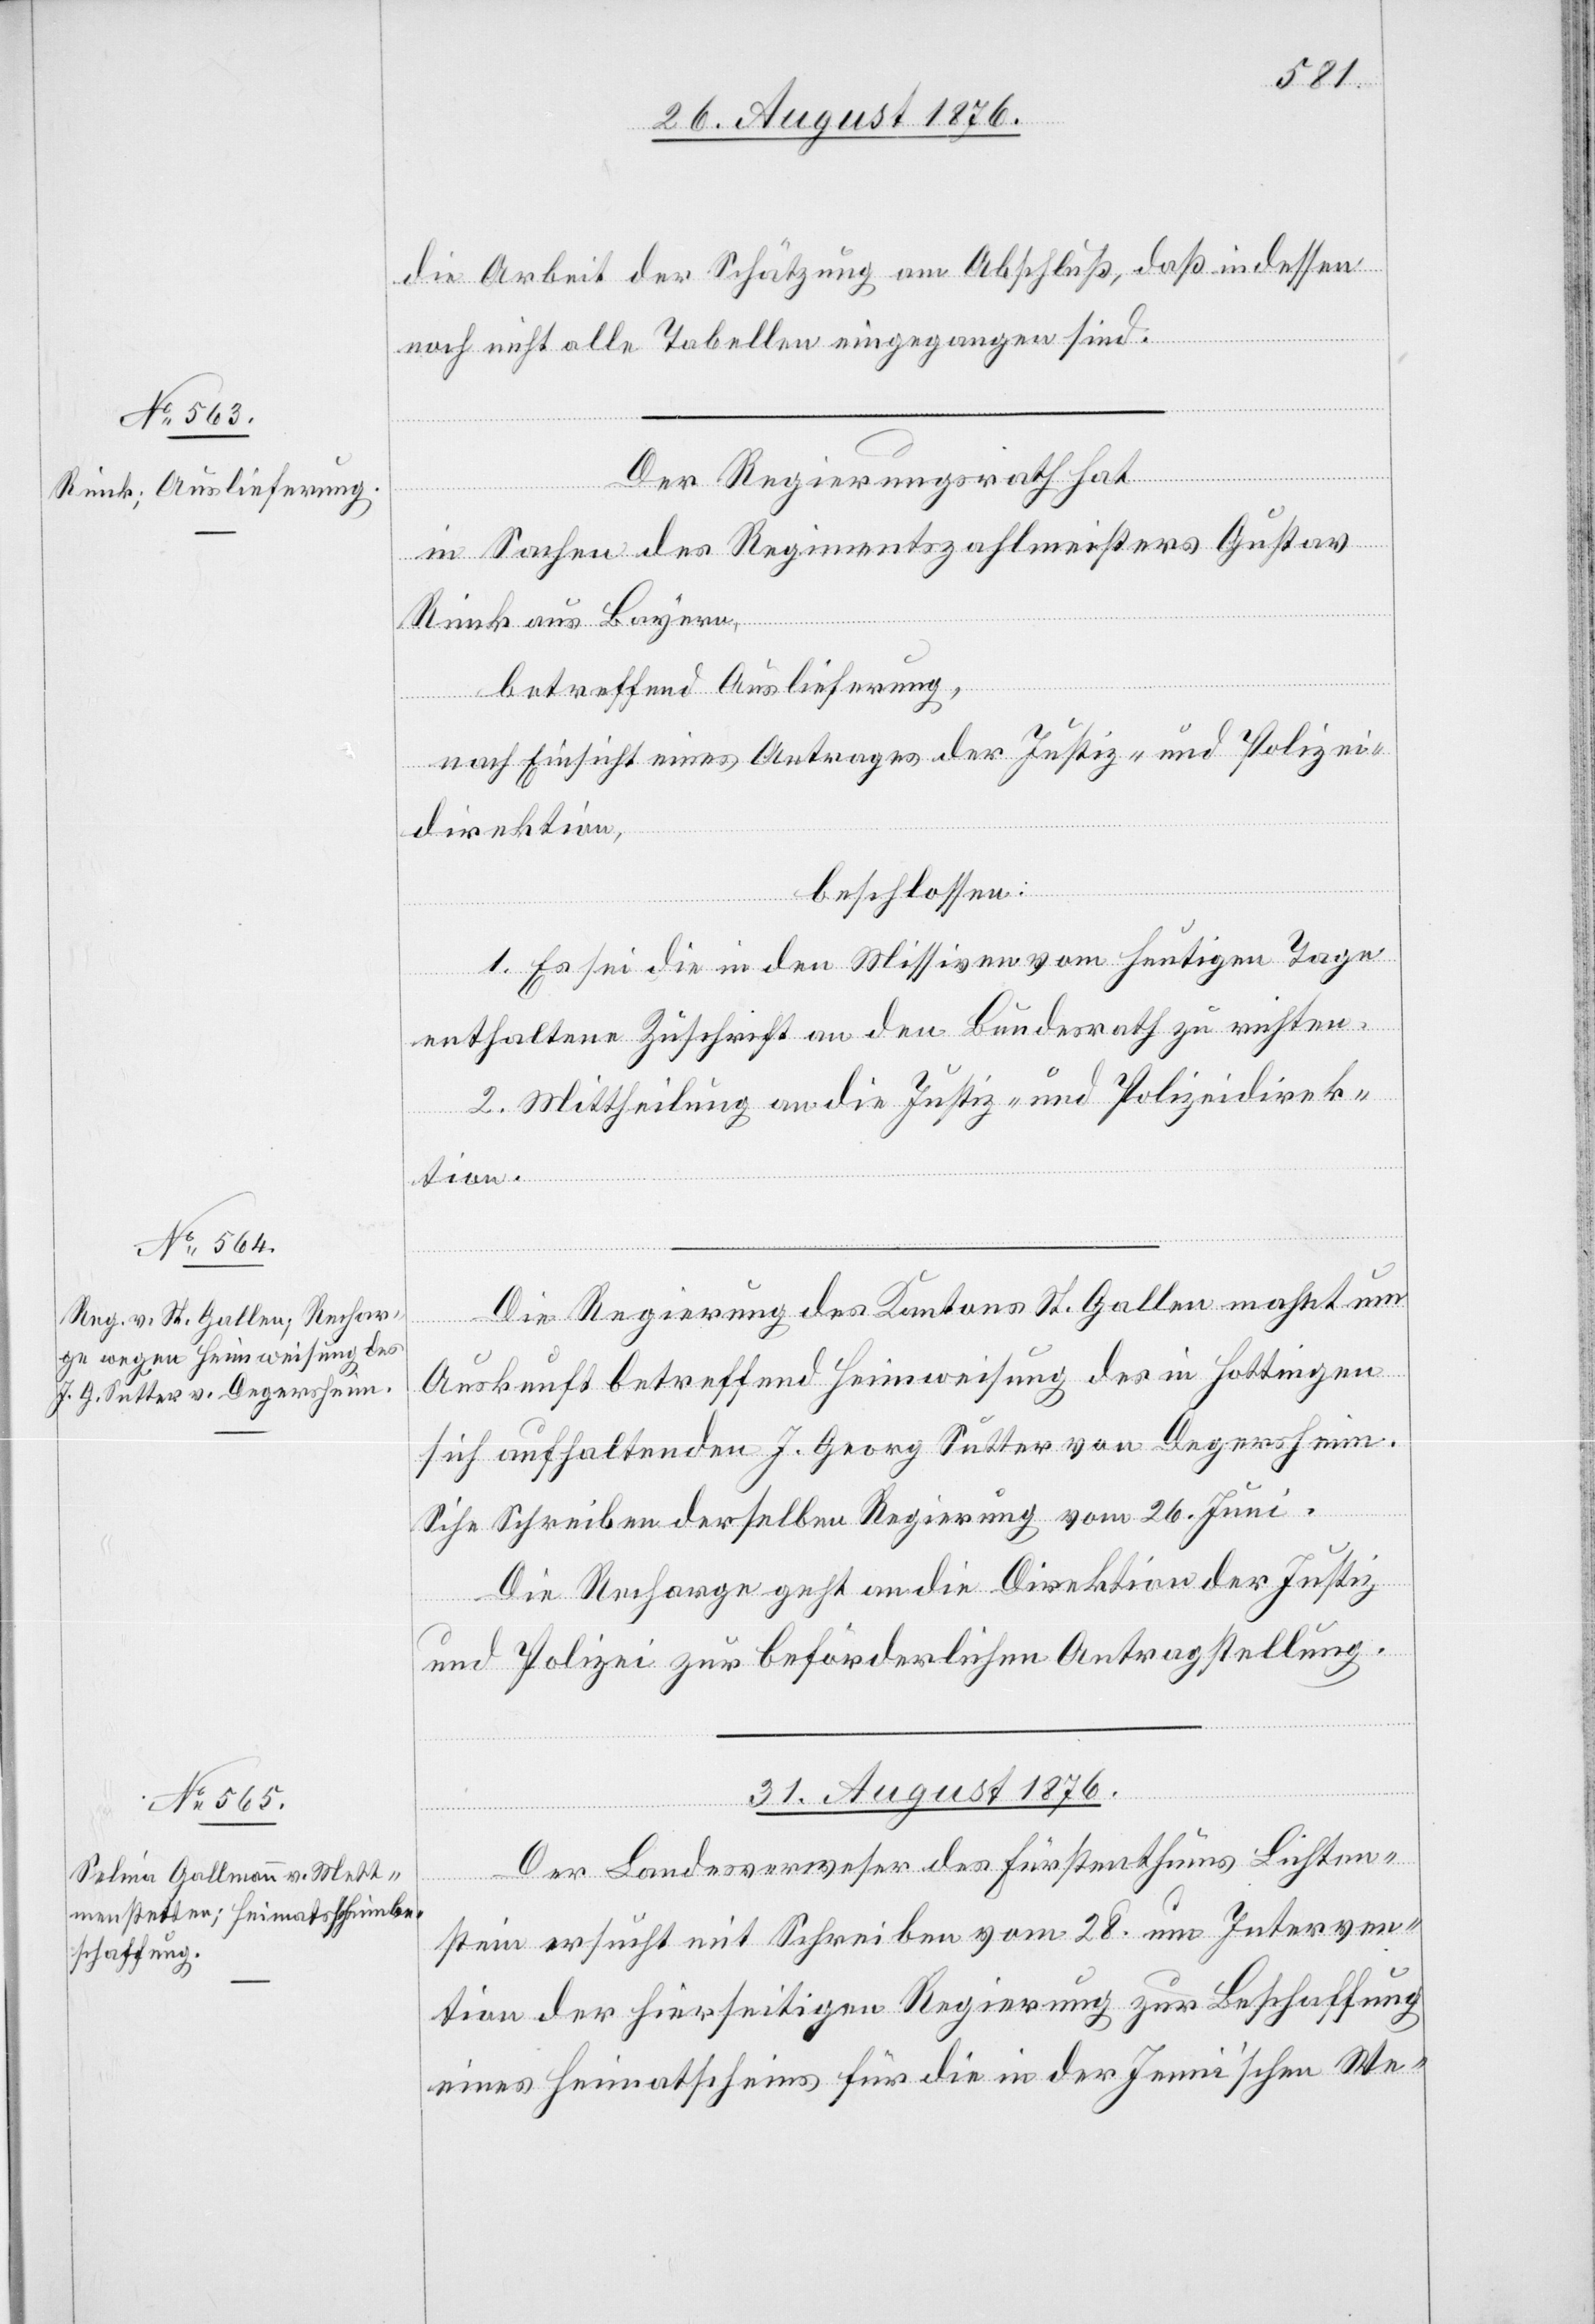
die Arbeit der Schätzung am Abschluß, daß indessen
noch nicht alle Tabellen eingegangen sind.
Der Regierungsrath hat
in Sachen des Regimentszahlmeisters Gustav
Rink aus Bayern,
betreffend Auslieferung,
nach Einsicht eines Antrages der Justiz- und Polizei¬
direktion,
beschlossen:
1. Es sei die in den Missiven vom heutigen Tage
enthaltene Zuschrift an den Bundesrath zu richten.
2. Mittheilung an die Justiz- und Polizeidirek¬
füg¬
tion.
Die Regierung des Kantons St. Gallen mahnt um
Sihe [si¬
Auskunft betreffend Heimweisung des in Hottingen
sich aufhaltenden J. Georg Sutter von Degersheim.
c!] Schreiben derselben Regierung vom 26. Juni.
Die Recharge geht an die Direktion der Justiz
und Polizei zur beförderlichen Antragstellung.
31. August 1876.
Der Landesverweser des Fürstenthums Lichten¬
ungen.
stein ersucht mit Schreiben vom 28. um Interven¬
tion der hierseitigen Regierung zur Beschaffung
eines Heimatsscheins für die in der Jenni’schen We-